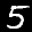
Label: 5